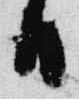
日